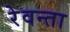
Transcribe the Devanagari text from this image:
रेवन्ता